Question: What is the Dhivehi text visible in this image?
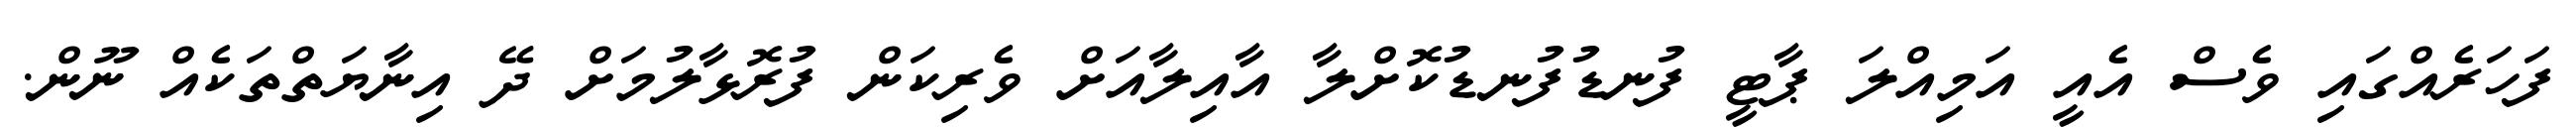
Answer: ފަހަރެއްގައި ވެސް އެއީ އަމިއްލަ ޕާޓީ ފުނޑުފުނޑުކޮށްލާ އާއިލާއަށް ވެރިކަން ފުރޮޅާލުމަށް ދޭ އިނާޔަތްތަކެއް ނޫން.